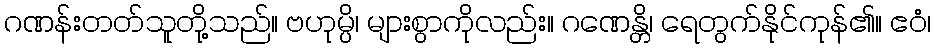
ဂဏန်းတတ်သူတို့သည်။ ဗဟုမ္ပိ၊ များစွာကိုလည်း။ ဂဏေန္တိ၊ ရေတွက်နိုင်ကုန်၏။ ဧဝံ၊